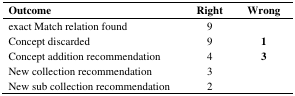
<table><thead><tr><td><b>Outcome</b></td><td><b>Right</b></td><td><b>Wrong</b></td></tr></thead><tbody><tr><td>exact Match relation found</td><td>9</td><td>[EMPTY_CELL]</td></tr><tr><td>Concept discarded</td><td>9</td><td><b>1</b></td></tr><tr><td>Concept addition recommendation</td><td>4</td><td><b>3</b></td></tr><tr><td>New collection recommendation</td><td>3</td><td>[EMPTY_CELL]</td></tr><tr><td>New sub collection recommendation</td><td>2</td><td>[EMPTY_CELL]</td></tr></tbody></table>